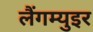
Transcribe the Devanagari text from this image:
लैंगम्युइर